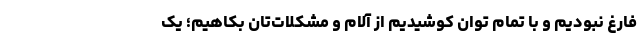
فارغ نبودیم و با تمام توان کوشیدیم از آلام و مشکلات‌تان بکاهیم؛ یک